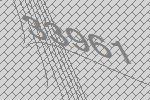
33961